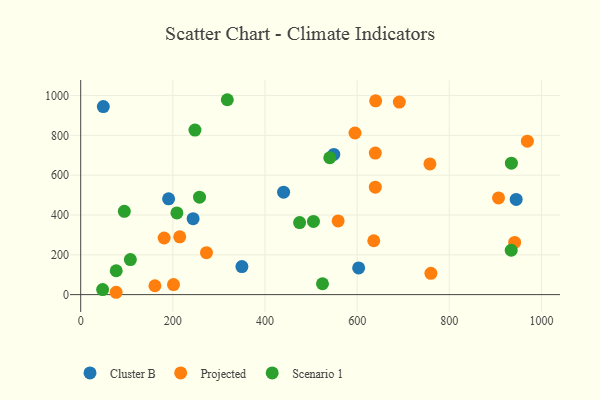
{"axis": {"x": "Engine Size", "y": "Exam Score"}, "legend": ["Cluster B", "Projected", "Scenario 1"], "data": [{"x": "244.0", "y": 381.6, "type": "Cluster B"}, {"x": "945.2", "y": 478.1, "type": "Cluster B"}, {"x": "603.3", "y": 134.2, "type": "Cluster B"}, {"x": "190.8", "y": 481.5, "type": "Cluster B"}, {"x": "49.1", "y": 945.0, "type": "Cluster B"}, {"x": "549.4", "y": 704.3, "type": "Cluster B"}, {"x": "440.4", "y": 514.7, "type": "Cluster B"}, {"x": "349.9", "y": 140.9, "type": "Cluster B"}, {"x": "906.9", "y": 485.6, "type": "Projected"}, {"x": "214.9", "y": 290.5, "type": "Projected"}, {"x": "273.0", "y": 210.8, "type": "Projected"}, {"x": "595.4", "y": 812.1, "type": "Projected"}, {"x": "691.6", "y": 967.2, "type": "Projected"}, {"x": "76.9", "y": 11.8, "type": "Projected"}, {"x": "941.9", "y": 262.1, "type": "Projected"}, {"x": "640.2", "y": 973.9, "type": "Projected"}, {"x": "639.4", "y": 539.8, "type": "Projected"}, {"x": "760.1", "y": 107.2, "type": "Projected"}, {"x": "969.5", "y": 770.7, "type": "Projected"}, {"x": "639.4", "y": 711.0, "type": "Projected"}, {"x": "558.8", "y": 370.2, "type": "Projected"}, {"x": "636.1", "y": 270.6, "type": "Projected"}, {"x": "201.4", "y": 50.7, "type": "Projected"}, {"x": "758.0", "y": 656.7, "type": "Projected"}, {"x": "161.1", "y": 44.7, "type": "Projected"}, {"x": "181.1", "y": 284.6, "type": "Projected"}, {"x": "208.8", "y": 410.4, "type": "Scenario 1"}, {"x": "94.7", "y": 418.3, "type": "Scenario 1"}, {"x": "107.8", "y": 176.1, "type": "Scenario 1"}, {"x": "47.6", "y": 25.6, "type": "Scenario 1"}, {"x": "540.6", "y": 687.6, "type": "Scenario 1"}, {"x": "257.9", "y": 489.4, "type": "Scenario 1"}, {"x": "934.8", "y": 660.3, "type": "Scenario 1"}, {"x": "77.1", "y": 120.0, "type": "Scenario 1"}, {"x": "318.2", "y": 979.2, "type": "Scenario 1"}, {"x": "475.1", "y": 362.1, "type": "Scenario 1"}, {"x": "248.0", "y": 826.5, "type": "Scenario 1"}, {"x": "524.8", "y": 54.7, "type": "Scenario 1"}, {"x": "934.4", "y": 222.9, "type": "Scenario 1"}, {"x": "505.2", "y": 367.7, "type": "Scenario 1"}]}